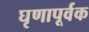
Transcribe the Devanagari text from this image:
घृणापूर्वक